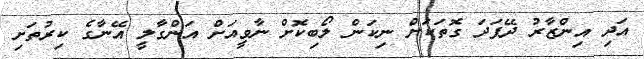
އަދި އިންޒާރު ދޭފަދަ ގޮތަކަށް ނިކަން ލޯބިކޮށް ނާވީއަށް އަންގާލީ އޭނާގެ ކިރުތަށި